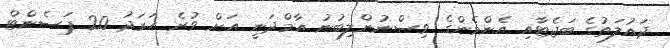
ދައުލަތުގެ ބަޖެޓާއި އެންމެންގެ ވިސްނުންލިބުނު އާމްދަނީ އަށް ވުރެ ހަރަދު 20 ޕަސެންޓް